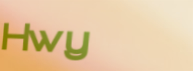
Hwy